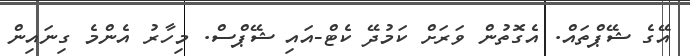
އޭގެ ޝޭޕްތައް. އެގޮތުން ވަރަށް ކަމުދޭ ކެޓް-އައި ޝޭޕްސް. މިހާރު އެންމެ ގިނައިން